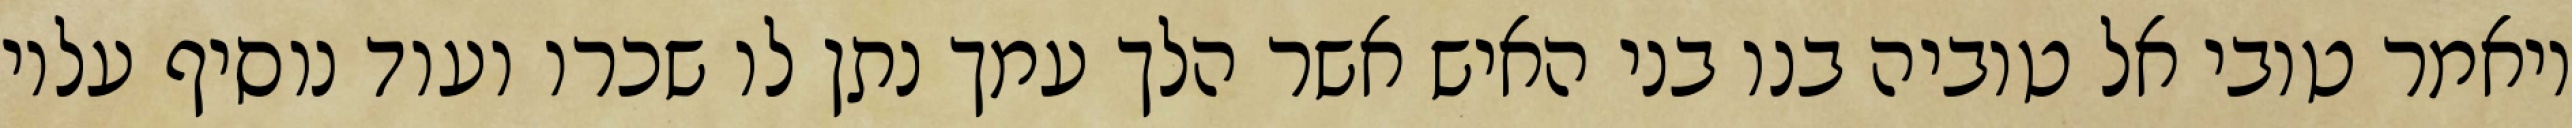
ויאמר טובי אל טוביה בנו בני האיש אשר הלך עמך נתן לו שכרו ועוד נוסיף עליו